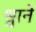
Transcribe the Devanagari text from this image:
श्वाने